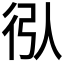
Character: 𢓙